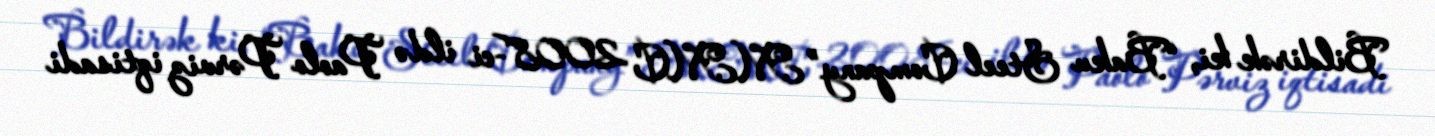
Bildirək ki, “Baku Steel Company” MMC 2008-ci ildə Paolo Pərviz iqtisadi